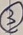
Text: 3